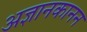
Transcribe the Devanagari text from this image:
अज्ञानकानन